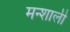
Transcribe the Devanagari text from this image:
मन्शाली